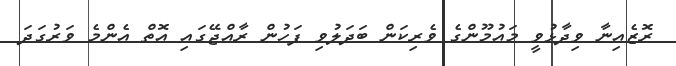
ރޮޒެއިނާ ވިދާޅުވީ މައުމޫންގެ ވެރިކަން ބަދަލުވި ފަހުން ރާއްޖޭގައި އޮތް އެންމެ ވަރުގަދަ